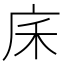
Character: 𢇲